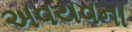
અવયવના